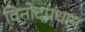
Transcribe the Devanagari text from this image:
विनोदप्रधान